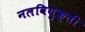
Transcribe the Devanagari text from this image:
नलवियुक्ती